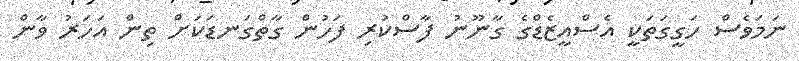
ނަމަވެސް ހަގީގަތަކީ އެސްއީޒެޑްގެ ގާނޫނު ފާސްކުރި ފަހުން ގާތްގަނޑަކަށް ތިން އަހަރު ވާން